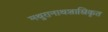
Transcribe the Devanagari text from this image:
मथुरानाथशास्त्रिकृत